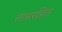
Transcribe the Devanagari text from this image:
ताम्ररहित